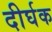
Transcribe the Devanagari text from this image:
दीर्घक